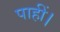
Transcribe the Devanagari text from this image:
पाहीं।